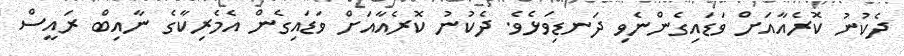
ދެކުނު ކޮރެއާއަށް ވަޑައިގެންނެވި ދަނޑިވަޅެވެ. ދެކުނު ކޮރެއާއަށް ވަޑައިގެން އެމެރިކާގެ ނާއިބް ރައީސް